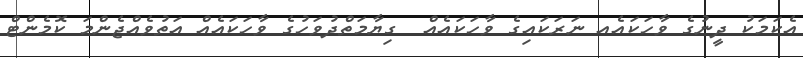
އެކަމަކު ދީނުގެ ވާހަކައެއ ނަރަކައިގެ ވާހަކައެއް  ގިޔާމަތްދުވަހުގެ ވާހަކައެއް އަތުވެއްޖެންމަ ކޮމެންޓް